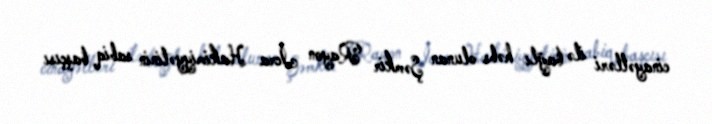
cinayətləri ilə bağlı həbs olunan Şəmkir Rayon İcra Hakimiyyətinin sabiq başçısı